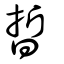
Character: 晢